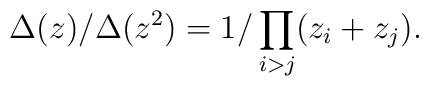
\Delta(z)/\Delta(z^2)=1/\prod_{i>j}(z_i+z_j).